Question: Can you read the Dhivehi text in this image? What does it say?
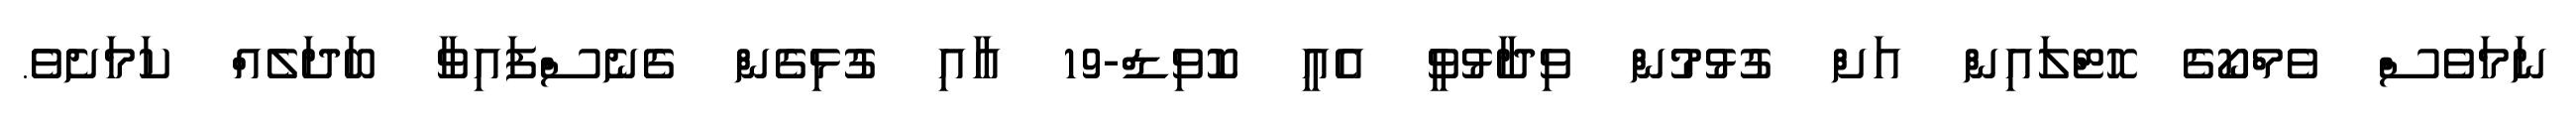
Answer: ނަމަވެސް ވެމްކޯގެ ހޮޓްލައިން އަށް ގުޅުމުން ވިދާޅުވީ އެއީ ކޮވިޑް-19 އާއި ގުޅިގެން ގެނެސްފައިވާ ބަދަލެއް ކަމަށެވެ.